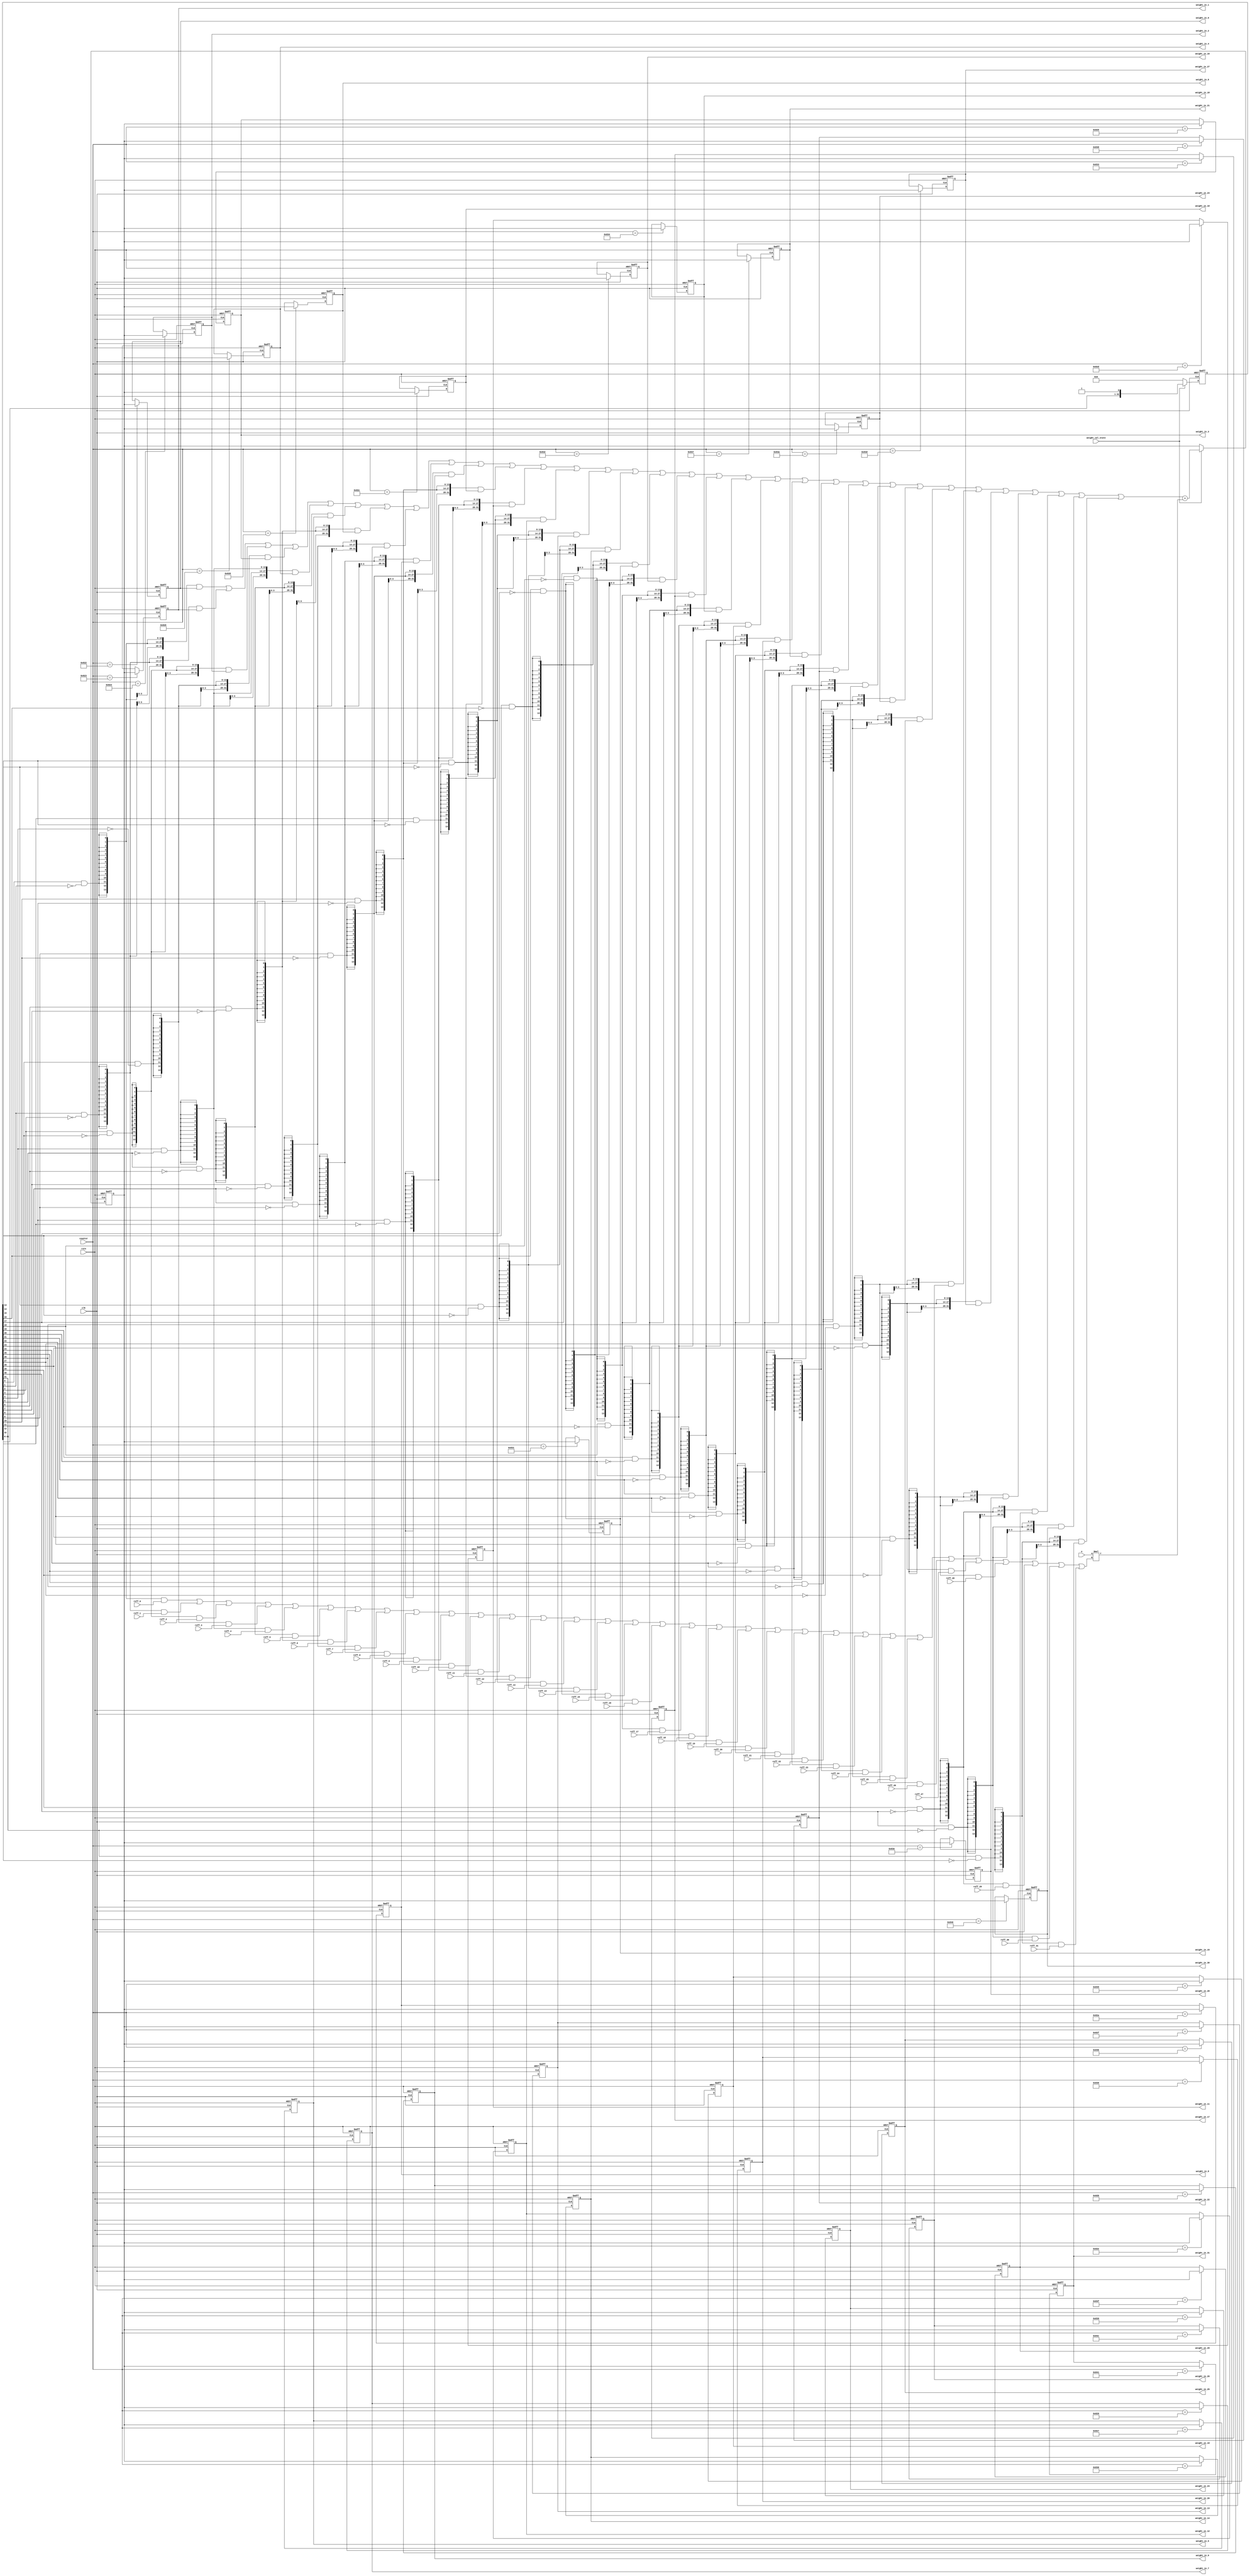
`timescale 1ns/1ps
module ram_weight (counter, weight_cal_state, rstn, clk, e, reff_0, reff_1, reff_2, reff_3, reff_4, reff_5, reff_6, reff_7, reff_8, reff_9, reff_10, reff_11, reff_12, reff_13, reff_14, reff_15,reff_16,reff_17,reff_18,reff_19,reff_20,reff_21,reff_22,reff_23,reff_24,reff_25,reff_26,reff_27,reff_28,reff_29,reff_30,reff_31, weight_in_0, weight_in_1, weight_in_2, weight_in_3, weight_in_4, weight_in_5, weight_in_6, weight_in_7, weight_in_8, weight_in_9, weight_in_10, weight_in_11, weight_in_12, weight_in_13, weight_in_14, weight_in_15 ,weight_in_16,weight_in_17,weight_in_18,weight_in_19,weight_in_20,weight_in_21,weight_in_22,weight_in_23,weight_in_24,weight_in_25,weight_in_26,weight_in_27,weight_in_28,weight_in_29,weight_in_30,weight_in_31);

input [11:0] counter;
input rstn, clk, weight_cal_state;
input [13:0] e;

input [13:0] reff_0;
input [13:0] reff_1;
input [13:0] reff_2;
input [13:0] reff_3;
input [13:0] reff_4;
input [13:0] reff_5;
input [13:0] reff_6;
input [13:0] reff_7;
input [13:0] reff_8;
input [13:0] reff_9;
input [13:0] reff_10;
input [13:0] reff_11;
input [13:0] reff_12;
input [13:0] reff_13;
input [13:0] reff_14;
input [13:0] reff_15;
input [13:0] reff_16;
input [13:0] reff_17;
input [13:0] reff_18;
input [13:0] reff_19;
input [13:0] reff_20;
input [13:0] reff_21;
input [13:0] reff_22;
input [13:0] reff_23;
input [13:0] reff_24;
input [13:0] reff_25;
input [13:0] reff_26;
input [13:0] reff_27;
input [13:0] reff_28;
input [13:0] reff_29;
input [13:0] reff_30;
input [13:0] reff_31;

output reg [31:0] weight_in_0;
output reg [31:0] weight_in_1;
output reg [31:0] weight_in_2;
output reg [31:0] weight_in_3;
output reg [31:0] weight_in_4;
output reg [31:0] weight_in_5;
output reg [31:0] weight_in_6;
output reg [31:0] weight_in_7;
output reg [31:0] weight_in_8;
output reg [31:0] weight_in_9;
output reg [31:0] weight_in_10;
output reg [31:0] weight_in_11;
output reg [31:0] weight_in_12;
output reg [31:0] weight_in_13;
output reg [31:0] weight_in_14;
output reg [31:0] weight_in_15;
output reg [31:0] weight_in_16;
output reg [31:0] weight_in_17;
output reg [31:0] weight_in_18;
output reg [31:0] weight_in_19;
output reg [31:0] weight_in_20;
output reg [31:0] weight_in_21;
output reg [31:0] weight_in_22;
output reg [31:0] weight_in_23;
output reg [31:0] weight_in_24;
output reg [31:0] weight_in_25;
output reg [31:0] weight_in_26;
output reg [31:0] weight_in_27;
output reg [31:0] weight_in_28;
output reg [31:0] weight_in_29;
output reg [31:0] weight_in_30;
output reg [31:0] weight_in_31;
//**************************************************//
reg [32:0]counter_dly;	

	always@(posedge clk or negedge rstn)
	begin
	if (rstn == 0)
		counter_dly <=    32'd0;
	else if (weight_cal_state == 1'b0)
		counter_dly <= 32'd0;	
	else
		counter_dly <= {counter_dly[31:0],weight_cal_state};
	end
		
wire [31:0]pipeline_sel;
	assign pipeline_sel[0] = counter_dly[0] & ~counter_dly[1];
	assign pipeline_sel[1] = counter_dly[1] & ~counter_dly[2];
	assign pipeline_sel[2] = counter_dly[2] & ~counter_dly[3];
	assign pipeline_sel[3] = counter_dly[3] & ~counter_dly[4];
	assign pipeline_sel[4] = counter_dly[4] & ~counter_dly[5];
	assign pipeline_sel[5] = counter_dly[5] & ~counter_dly[6];
	assign pipeline_sel[6] = counter_dly[6] & ~counter_dly[7];
	assign pipeline_sel[7] = counter_dly[7] & ~counter_dly[8];	
	assign pipeline_sel[8] = counter_dly[8] & ~counter_dly[9];
	assign pipeline_sel[9] = counter_dly[9] & ~counter_dly[10];
	assign pipeline_sel[10] = counter_dly[10] & ~counter_dly[11];
	assign pipeline_sel[11] = counter_dly[11] & ~counter_dly[12];
	assign pipeline_sel[12] = counter_dly[12] & ~counter_dly[13];
	assign pipeline_sel[13] = counter_dly[13] & ~counter_dly[14];
	assign pipeline_sel[14] = counter_dly[14] & ~counter_dly[15];
	assign pipeline_sel[15] = counter_dly[15] & ~counter_dly[16];		
	assign pipeline_sel[16] = counter_dly[16] & ~counter_dly[17];
	assign pipeline_sel[17] = counter_dly[17] & ~counter_dly[18];
	assign pipeline_sel[18] = counter_dly[18] & ~counter_dly[19];
	assign pipeline_sel[19] = counter_dly[19] & ~counter_dly[20];
	assign pipeline_sel[20] = counter_dly[20] & ~counter_dly[21];
	assign pipeline_sel[21] = counter_dly[21] & ~counter_dly[22];
	assign pipeline_sel[22] = counter_dly[22] & ~counter_dly[23];
	assign pipeline_sel[23] = counter_dly[23] & ~counter_dly[24];	
	assign pipeline_sel[24] = counter_dly[24] & ~counter_dly[25];
	assign pipeline_sel[25] = counter_dly[25] & ~counter_dly[26];
	assign pipeline_sel[26] = counter_dly[26] & ~counter_dly[27];
	assign pipeline_sel[27] = counter_dly[27] & ~counter_dly[28];
	assign pipeline_sel[28] = counter_dly[28] & ~counter_dly[29];
	assign pipeline_sel[29] = counter_dly[29] & ~counter_dly[30];
	assign pipeline_sel[30] = counter_dly[30] & ~counter_dly[31];
	assign pipeline_sel[31] = counter_dly[31] & ~counter_dly[32];	

//********************** MUX ***********************//	
wire [13:0] reff;
wire [31:0] weight_pre;
assign reff =   {14{pipeline_sel[0]}} & reff_0 |
		{14{pipeline_sel[1]}} & reff_1 |
		{14{pipeline_sel[2]}} & reff_2 |		
		{14{pipeline_sel[3]}} & reff_3 |
		{14{pipeline_sel[4]}} & reff_4 |
		{14{pipeline_sel[5]}} & reff_5 |		
		{14{pipeline_sel[6]}} & reff_6 |	
		{14{pipeline_sel[7]}} & reff_7 |
		{14{pipeline_sel[8]}} & reff_8 |		
		{14{pipeline_sel[9]}} & reff_9 |
		{14{pipeline_sel[10]}} & reff_10 |
		{14{pipeline_sel[11]}} & reff_11 |		
		{14{pipeline_sel[12]}} & reff_12 |			
		{14{pipeline_sel[13]}} & reff_13 |
		{14{pipeline_sel[14]}} & reff_14 |
		{14{pipeline_sel[15]}} & reff_15 |
		{14{pipeline_sel[16]}} & reff_16 |
		{14{pipeline_sel[17]}} & reff_17 |		
		{14{pipeline_sel[18]}} & reff_18 |
		{14{pipeline_sel[19]}} & reff_19 |
		{14{pipeline_sel[20]}} & reff_20 |		
		{14{pipeline_sel[21]}} & reff_21 |	
		{14{pipeline_sel[22]}} & reff_22 |
		{14{pipeline_sel[23]}} & reff_23 |		
		{14{pipeline_sel[24]}} & reff_24 |
		{14{pipeline_sel[25]}} & reff_25 |
		{14{pipeline_sel[26]}} & reff_26 |		
		{14{pipeline_sel[27]}} & reff_27 |			
		{14{pipeline_sel[28]}} & reff_28 |
		{14{pipeline_sel[29]}} & reff_29 |
		{14{pipeline_sel[30]}} & reff_30 |
		{14{pipeline_sel[31]}} & reff_31;
/*		
assign reff =   {14{(counter == 12'd2080)}} & reff_0 |
		{14{(counter == 12'd2081)}} & reff_1 |
		{14{(counter == 12'd2082)}} & reff_2 |		
		{14{(counter == 12'd2083)}} & reff_3 |
		{14{(counter == 12'd2084)}} & reff_4 |
		{14{(counter == 12'd2085)}} & reff_5 |		
		{14{(counter == 12'd2086)}} & reff_6 |	
		{14{(counter == 12'd2087)}} & reff_7 |
		{14{(counter == 12'd2088)}} & reff_8 |		
		{14{(counter == 12'd2089)}} & reff_9 |
		{14{(counter == 12'd2090)}} & reff_10 |
		{14{(counter == 12'd2091)}} & reff_11 |		
		{14{(counter == 12'd2092)}} & reff_12 |			
		{14{(counter == 12'd2093)}} & reff_13 |
		{14{(counter == 12'd2094)}} & reff_14 |		
		{14{(counter == 12'd2095)}} & reff_15 |
		{14{(counter == 12'd2096)}} & reff_16 |
		{14{(counter == 12'd2097)}} & reff_17 |
		{14{(counter == 12'd2098)}} & reff_18 |
		{14{(counter == 12'd2099)}} & reff_19 |
		{14{(counter == 12'd2100)}} & reff_20 |
		{14{(counter == 12'd2101)}} & reff_21 |
		{14{(counter == 12'd2102)}} & reff_22 |
		{14{(counter == 12'd2103)}} & reff_23 |
		{14{(counter == 12'd2104)}} & reff_24 |
		{14{(counter == 12'd2105)}} & reff_25 |
		{14{(counter == 12'd2106)}} & reff_26 |
		{14{(counter == 12'd2107)}} & reff_27 |
		{14{(counter == 12'd2108)}} & reff_28 |
		{14{(counter == 12'd2109)}} & reff_29 |
		{14{(counter == 12'd2110)}} & reff_30 |
		{14{(counter == 12'd2111)}} & reff_31 ;
*/
assign weight_pre ={32{pipeline_sel[0]}} & weight_in_0 |
			{32{pipeline_sel[1]}} & weight_in_1 |
			{32{pipeline_sel[2]}} & weight_in_2 |		
			{32{pipeline_sel[3]}} & weight_in_3 |
			{32{pipeline_sel[4]}} & weight_in_4 |
			{32{pipeline_sel[5]}} & weight_in_5 |		
			{32{pipeline_sel[6]}} & weight_in_6 |	
			{32{pipeline_sel[7]}} & weight_in_7 |
			{32{pipeline_sel[8]}} & weight_in_8 |		
			{32{pipeline_sel[9]}} & weight_in_9 |
			{32{pipeline_sel[10]}} & weight_in_10 |
			{32{pipeline_sel[11]}} & weight_in_11 |		
			{32{pipeline_sel[12]}} & weight_in_12 |			
			{32{pipeline_sel[13]}} & weight_in_13 |
			{32{pipeline_sel[14]}} & weight_in_14 |		
			{32{pipeline_sel[15]}} & weight_in_15 |
			{32{pipeline_sel[16]}} & weight_in_16 |
			{32{pipeline_sel[17]}} & weight_in_17 |		
			{32{pipeline_sel[18]}} & weight_in_18 |
			{32{pipeline_sel[19]}} & weight_in_19 |
			{32{pipeline_sel[20]}} & weight_in_20 |		
			{32{pipeline_sel[21]}} & weight_in_21 |	
			{32{pipeline_sel[22]}} & weight_in_22 |
			{32{pipeline_sel[23]}} & weight_in_23 |		
			{32{pipeline_sel[24]}} & weight_in_24 |
			{32{pipeline_sel[25]}} & weight_in_25 |
			{32{pipeline_sel[26]}} & weight_in_26 |		
			{32{pipeline_sel[27]}} & weight_in_27 |			
			{32{pipeline_sel[28]}} & weight_in_28 |
			{32{pipeline_sel[29]}} & weight_in_29 |		
			{32{pipeline_sel[30]}} & weight_in_30 |
			{32{pipeline_sel[31]}} & weight_in_31;	
/*			
assign weight_pre =     {32{(counter == 12'd2080)}} & weight_in_0 |
			{32{(counter == 12'd2081)}} & weight_in_1 |
			{32{(counter == 12'd2082)}} & weight_in_2 |		
			{32{(counter == 12'd2083)}} & weight_in_3 |
			{32{(counter == 12'd2084)}} & weight_in_4 |
			{32{(counter == 12'd2085)}} & weight_in_5 |		
			{32{(counter == 12'd2086)}} & weight_in_6 |	
			{32{(counter == 12'd2087)}} & weight_in_7 |
			{32{(counter == 12'd2088)}} & weight_in_8 |		
			{32{(counter == 12'd2089)}} & weight_in_9 |
			{32{(counter == 12'd2090)}} & weight_in_10 |
			{32{(counter == 12'd2091)}} & weight_in_11 |		
			{32{(counter == 12'd2092)}} & weight_in_12 |			
			{32{(counter == 12'd2093)}} & weight_in_13 |
			{32{(counter == 12'd2094)}} & weight_in_14 |		
			{32{(counter == 12'd2095)}} & weight_in_15 |
			{32{(counter == 12'd2096)}} & weight_in_16 |
			{32{(counter == 12'd2097)}} & weight_in_17 |		
			{32{(counter == 12'd2098)}} & weight_in_18 |
			{32{(counter == 12'd2099)}} & weight_in_19 |
			{32{(counter == 12'd2100)}} & weight_in_20 |		
			{32{(counter == 12'd2101)}} & weight_in_21 |	
			{32{(counter == 12'd2102)}} & weight_in_22 |
			{32{(counter == 12'd2103)}} & weight_in_23 |		
			{32{(counter == 12'd2104)}} & weight_in_24 |
			{32{(counter == 12'd2105)}} & weight_in_25 |
			{32{(counter == 12'd2106)}} & weight_in_26 |		
			{32{(counter == 12'd2107)}} & weight_in_27 |			
			{32{(counter == 12'd2108)}} & weight_in_28 |
			{32{(counter == 12'd2109)}} & weight_in_29 |		
			{32{(counter == 12'd2110)}} & weight_in_30 |
			{32{(counter == 12'd2111)}} & weight_in_31 ;		
*/			
//********************** DSP ***********************//		
reg [31:0] weight;
wire [24:0] multiple;
wire [31:0] dsp_result;



assign multiple = {11'd0, e} * {11'd0, reff};
assign dsp_result = weight_pre + {7'd0, multiple};

    always@(posedge clk or negedge rstn)
    begin
    if (rstn == 0)
        weight <=   32'd0;
    else if(weight_cal_state == 1'b1)
	weight <=  dsp_result;
    else
        weight <=   weight;
    end 


//********************** Output Storage ***********************//
    always@(posedge clk or negedge rstn)
    begin
    if (rstn == 0)
        weight_in_0 <=  32'd0;
    else if(counter == 12'd2082)
	weight_in_0 <=  weight;
    else
        weight_in_0 <=  weight_in_0;
    end 

    always@(posedge clk or negedge rstn)
    begin
    if (rstn == 0)
        weight_in_1 <=  32'd0;
    else if(counter == 12'd2083)
	weight_in_1 <=  weight;
    else
        weight_in_1 <=  weight_in_1;
    end 

    always@(posedge clk or negedge rstn)
    begin
    if (rstn == 0)
        weight_in_2 <=  32'd0;
    else if(counter == 12'd2084)
	weight_in_2 <=  weight;
    else
        weight_in_2 <=  weight_in_2;
    end 

    always@(posedge clk or negedge rstn)
    begin
    if (rstn == 0)
        weight_in_3 <=  32'd0;
    else if(counter == 12'd2085)
	weight_in_3 <=  weight;
    else
        weight_in_3 <=  weight_in_3;
    end 

    always@(posedge clk or negedge rstn)
    begin
    if (rstn == 0)
        weight_in_4 <=  32'd0;
    else if(counter == 12'd2086)
	weight_in_4 <=  weight;
    else
        weight_in_4 <=  weight_in_4;
    end 

    always@(posedge clk or negedge rstn)
    begin
    if (rstn == 0)
        weight_in_5 <=  32'd0;
    else if(counter == 12'd2087)
	weight_in_5 <=  weight;
    else
        weight_in_5 <=  weight_in_5;
    end 

    always@(posedge clk or negedge rstn)
    begin
    if (rstn == 0)
        weight_in_6 <=  32'd0;
    else if(counter == 12'd2088)
	weight_in_6 <=  weight;
    else
        weight_in_6 <=  weight_in_6;
    end 

    always@(posedge clk or negedge rstn)
    begin
    if (rstn == 0)
        weight_in_7 <=  32'd0;
    else if(counter == 12'd2089)
	weight_in_7 <=  weight;
    else
        weight_in_7 <=  weight_in_7;
    end 

    always@(posedge clk or negedge rstn)
    begin
    if (rstn == 0)
        weight_in_8 <=  32'd0;
    else if(counter == 12'd2090)
	weight_in_8 <=  weight;
    else
        weight_in_8 <=  weight_in_8;
    end 

    always@(posedge clk or negedge rstn)
    begin
    if (rstn == 0)
        weight_in_9 <=  32'd0;
    else if(counter == 12'd2091)
	weight_in_9 <=  weight;
    else
        weight_in_9 <=  weight_in_9;
    end 

    always@(posedge clk or negedge rstn)
    begin
    if (rstn == 0)
        weight_in_10 <=  32'd0;
    else if(counter == 12'd2092)
	weight_in_10 <=  weight;
    else
        weight_in_10 <=  weight_in_10;
    end 

    always@(posedge clk or negedge rstn)
    begin
    if (rstn == 0)
        weight_in_11 <=  32'd0;
    else if(counter == 12'd2093)
	weight_in_11 <=  weight;
    else
        weight_in_11 <=  weight_in_11;
    end 

    always@(posedge clk or negedge rstn)
    begin
    if (rstn == 0)
        weight_in_12 <=  32'd0;
    else if(counter == 12'd2094)
	weight_in_12 <=  weight;
    else
        weight_in_12 <=  weight_in_12;
    end 

    always@(posedge clk or negedge rstn)
    begin
    if (rstn == 0)
        weight_in_13 <=  32'd0;
    else if(counter == 12'd2095)
	weight_in_13 <=  weight;
    else
        weight_in_13 <=  weight_in_13;
    end 

    always@(posedge clk or negedge rstn)
    begin
    if (rstn == 0)
        weight_in_14 <=  32'd0;
    else if(counter == 12'd2096)
	weight_in_14 <=  weight;
    else
        weight_in_14 <=  weight_in_14;
    end 

    always@(posedge clk or negedge rstn)
    begin
    if (rstn == 0)
        weight_in_15 <=  32'd0;
    else if(counter == 12'd2097)
	weight_in_15 <=  weight;
    else
        weight_in_15 <=  weight_in_15;
    end 
	
/*************************************************/	
   always@(posedge clk or negedge rstn)
    begin
    if (rstn == 0)
        weight_in_16 <=  32'd0;
    else if(counter == 12'd2098)
	weight_in_16 <=  weight;
    else
        weight_in_16 <=  weight_in_16;
    end 

    always@(posedge clk or negedge rstn)
    begin
    if (rstn == 0)
        weight_in_17 <=  32'd0;
    else if(counter == 12'd2099)
	weight_in_17 <=  weight;
    else
        weight_in_17 <=  weight_in_17;
    end 

    always@(posedge clk or negedge rstn)
    begin
    if (rstn == 0)
        weight_in_18 <=  32'd0;
    else if(counter == 12'd2100)
	weight_in_18 <=  weight;
    else
        weight_in_18 <=  weight_in_18;
    end 

    always@(posedge clk or negedge rstn)
    begin
    if (rstn == 0)
        weight_in_19 <=  32'd0;
    else if(counter == 12'd2101)
	weight_in_19 <=  weight;
    else
        weight_in_19 <=  weight_in_19;
    end 

    always@(posedge clk or negedge rstn)
    begin
    if (rstn == 0)
        weight_in_20 <=  32'd0;
    else if(counter == 12'd2102)
	weight_in_20 <=  weight;
    else
        weight_in_20 <=  weight_in_20;
    end 

    always@(posedge clk or negedge rstn)
    begin
    if (rstn == 0)
        weight_in_21 <=  32'd0;
    else if(counter == 12'd2103)
	weight_in_21 <=  weight;
    else
        weight_in_21 <=  weight_in_21;
    end 

    always@(posedge clk or negedge rstn)
    begin
    if (rstn == 0)
        weight_in_22 <=  32'd0;
    else if(counter == 12'd2104)
	weight_in_22 <=  weight;
    else
        weight_in_22 <=  weight_in_22;
    end 

    always@(posedge clk or negedge rstn)
    begin
    if (rstn == 0)
        weight_in_23 <=  32'd0;
    else if(counter == 12'd2105)
	weight_in_23 <=  weight;
    else
        weight_in_23 <=  weight_in_23;
    end 

    always@(posedge clk or negedge rstn)
    begin
    if (rstn == 0)
        weight_in_24 <=  32'd0;
    else if(counter == 12'd2106)
	weight_in_24 <=  weight;
    else
        weight_in_24 <=  weight_in_24;
    end 

    always@(posedge clk or negedge rstn)
    begin
    if (rstn == 0)
        weight_in_25 <=  32'd0;
    else if(counter == 12'd2107)
	weight_in_25 <=  weight;
    else
        weight_in_25 <=  weight_in_25;
    end 

    always@(posedge clk or negedge rstn)
    begin
    if (rstn == 0)
        weight_in_26 <=  32'd0;
    else if(counter == 12'd2108)
	weight_in_26 <=  weight;
    else
        weight_in_26 <=  weight_in_26;
    end 

    always@(posedge clk or negedge rstn)
    begin
    if (rstn == 0)
        weight_in_27 <=  32'd0;
    else if(counter == 12'd2109)
	weight_in_27 <=  weight;
    else
        weight_in_27 <=  weight_in_27;
    end 

    always@(posedge clk or negedge rstn)
    begin
    if (rstn == 0)
        weight_in_28 <=  32'd0;
    else if(counter == 12'd2110)
	weight_in_28 <=  weight;
    else
        weight_in_28 <=  weight_in_28;
    end 

    always@(posedge clk or negedge rstn)
    begin
    if (rstn == 0)
        weight_in_29 <=  32'd0;
    else if(counter == 12'd2111)
	weight_in_29 <=  weight;
    else
        weight_in_29 <=  weight_in_29;
    end 

    always@(posedge clk or negedge rstn)
    begin
    if (rstn == 0)
        weight_in_30 <=  32'd0;
    else if(counter == 12'd2112)
	weight_in_30 <=  weight;
    else
        weight_in_30 <=  weight_in_30;
    end 

    always@(posedge clk or negedge rstn)
    begin
    if (rstn == 0)
        weight_in_31 <=  32'd0;
    else if(counter == 12'd2113)
	weight_in_31 <=  weight;
    else
        weight_in_31 <=  weight_in_31;
    end 
endmodule